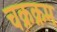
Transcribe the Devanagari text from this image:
चक्रक्रम